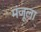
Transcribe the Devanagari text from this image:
मंजूला